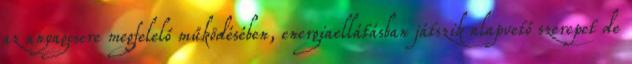
az anyagcsere megfelelő működésében, energiaellátásban játszik alapvető szerepet de